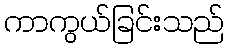
ကာကွယ်ခြင်းသည်